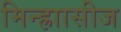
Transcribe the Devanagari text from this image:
मिन्ह्राासीज